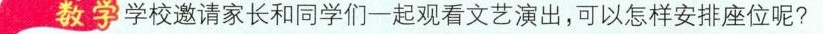
教学 学校邀请家长和同学们一起观看文艺演出，可以怎样安排座位呢?